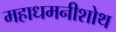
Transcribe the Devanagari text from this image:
महाधमनीशोथ